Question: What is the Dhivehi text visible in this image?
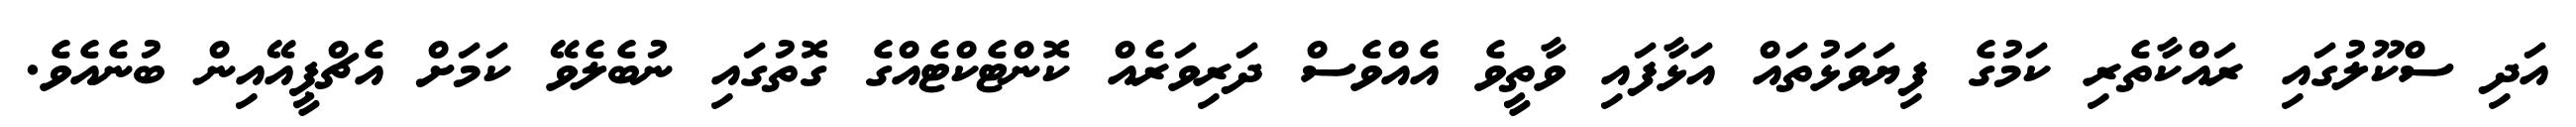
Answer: އަދި ސްކޫލުގައި ރައްކާތެރި ކަމުގެ ފިޔަވަޅުތައް އަޅާފައި ވާތީވެ އެއްވެސް ދަރިވަރެއް ކޮންޓެކްޓެއްގެ ގޮތުގައި ނުބެލެވޭ ކަމަށް އެޗްޕީއޭއިން ބުނެއެވެ.